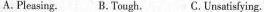
A.Pleasing. B.Tough. C.Unsatisfying.